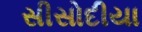
સીસોદીયા